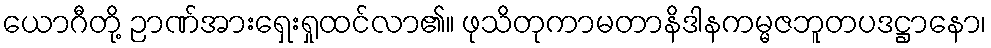
ယောဂီတို့ ဉာဏ်အားရှေးရှုထင်လာ၏။ ဖုသိတုကာမတာနိဒါနကမ္မဇဘူတပဒဋ္ဌာနော၊